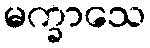
မက္ခာသေ